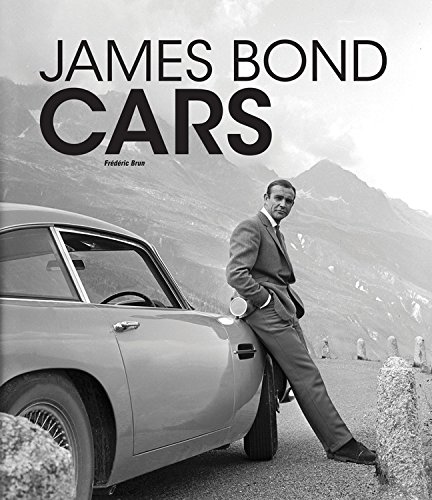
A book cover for James Bond Cars; Frederic Brun; Humor & Entertainment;